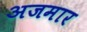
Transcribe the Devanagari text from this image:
अजमार